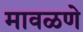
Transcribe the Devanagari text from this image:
मावळणे